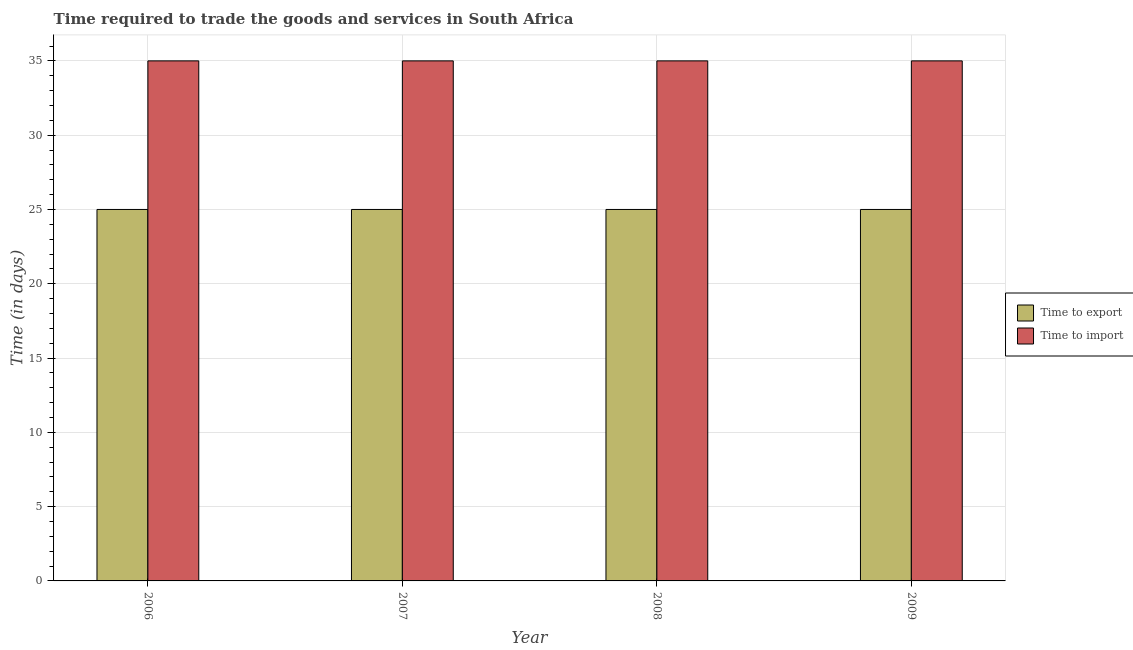
| Year | Time to export | Time to import |
 | --- | --- | --- |
 | 2006 | 25 | 35 |
 | 2007 | 25 | 35 |
 | 2008 | 25 | 35 |
 | 2009 | 25 | 35 |